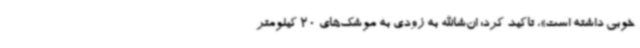
خوبی داشته است»، تاکید کرد: ان‌شاالله به زودی به موشک‌های 20 کیلومتر